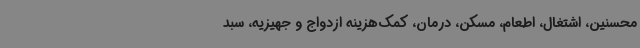
محسنین، اشتغال، اطعام، مسکن، درمان، کمک‌هزینه ازدواج و جهیزیه، سبد